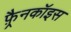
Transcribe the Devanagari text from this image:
फ़्रैनकॉइस